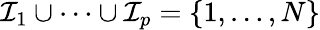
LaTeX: \mathcal{I}_{1}\cup\cdots\cup\mathcal{I}_{p}=\{ 1,\ldots,N\}